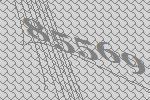
85569